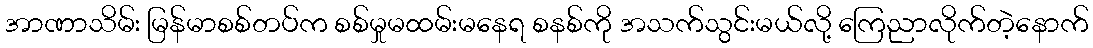
အာဏာသိမ်း မြန်မာစစ်တပ်က စစ်မှုမထမ်းမနေရ စနစ်ကို အသက်သွင်းမယ်လို့ ကြေညာလိုက်တဲ့နောက်